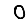
Digit: 0